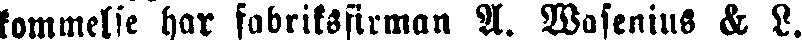
kommelse har fabriksfirman A. Wasenius & L.